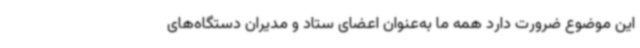
این موضوع ضرورت دارد همه ما به‌عنوان اعضای ستاد و مدیران دستگاه‌های